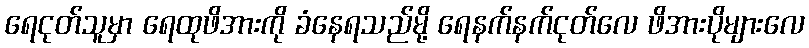
ရေငုတ်သူမှာ ရေထုဖိအားကို ခံနေရသည်မို့ ရေနက်နက်ငုတ်လေ ဖိအားပိုများလေ